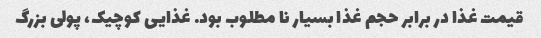
قیمت غذا در برابر حجم غذا بسیار نا مطلوب بود. غذایی کوچیک، پولی بزرگ